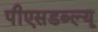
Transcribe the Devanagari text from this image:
पीएसडब्ल्यू